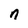
Character: n